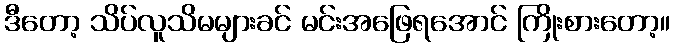
ဒီတော့ သိပ်လူသိမများခင် မင်းအဖြေရအောင် ကြိုးစားတော့။